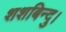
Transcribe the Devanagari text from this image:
शशबिन्दु।